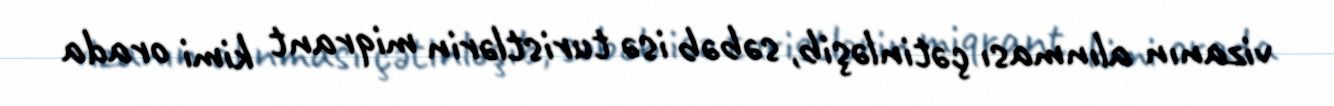
vizanın alınması çətinləşib, səbəb isə turistlərin miqrant kimi orada